Indian journal of veterinary science and animal husbandry - Volume 12,
Year: 1942
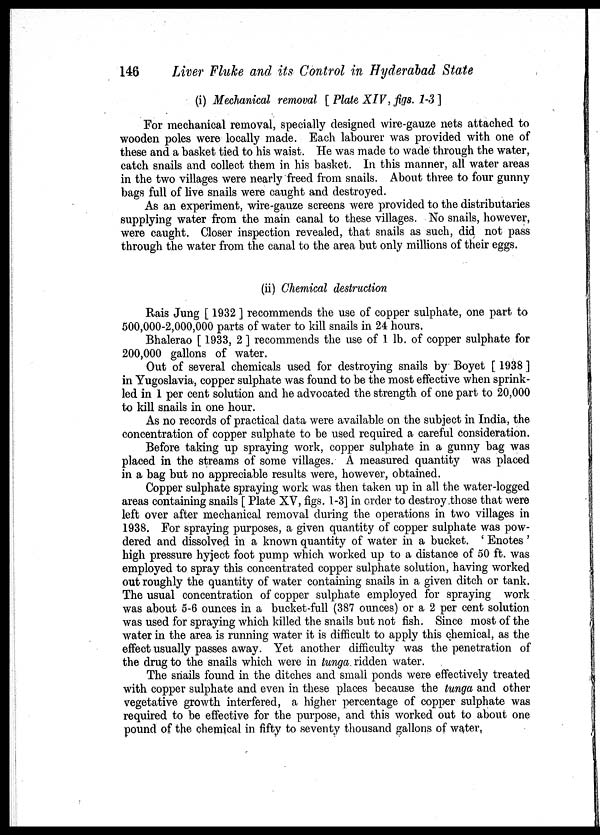
146
Liver Fluke and its Control in Hyderabad State
(i) Mechanical removal [ Plate XIV, figs. 1-3 ]
For mechanical removal, specially designed wire-gauze nets attached to
wooden poles were locally made. Each labourer was provided with one of
these and a basket tied to his waist. He was made to wade through the water,
catch snails and collect them in his basket. In this manner, all water areas
in the two villages were nearly freed from snails. About three to four gunny
bags full of live snails were caught and destroyed.
As an experiment, wire-gauze screens were provided to the distributaries
supplying water from the main canal to these villages. No snails, however,
were caught. Closer inspection revealed, that snails as such, did not pass
through the water from the canal to the area but only millions of their eggs.
(ii) Chemical destruction
Rais Jung [ 1932 ] recommends the use of copper sulphate, one part to
500,000-2,000,000 parts of water to kill snails in 24 hours.
Bhalerao [ 1933, 2 ] recommends the use of 1 lb. of copper sulphate for
200,000 gallons of water.
Out of several chemicals used for destroying snails by Boyet [ 1938 ]
in Yugoslavia, copper sulphate was found to be the most effective when sprink-
led in 1 per cent solution and he advocated the strength of one part to 20,000
to kill snails in one hour.
As no records of practical data were available on the subject in India, the
concentration of copper sulphate to be used required a careful consideration.
Before taking up spraying work, copper sulphate in a gunny bag was
placed in the streams of some villages. A measured quantity was placed
in a bag but no appreciable results were, however, obtained.
Copper sulphate spraying work was then taken up in all the water-logged
areas containing snails [ Plate XV, figs. 1-3] in order to destroy those that were
left over after mechanical removal during the operations in two villages in
1938. For spraying purposes, a given quantity of copper sulphate was pow-
dered and dissolved in a known quantity of water in a bucket. ' Enotes '
high pressure hyject foot pump which worked up to a distance of 50 ft. was
employed to spray this concentrated copper sulphate solution, having worked
out roughly the quantity of water containing snails in a given ditch or tank.
The usual concentration of copper sulphate employed for spraying work
was about 5-6 ounces in a bucket-full (387 ounces) or a 2 per cent solution
was used for spraying which killed the snails but not fish. Since most of the
water in the area is running water it is difficult to apply this chemical, as the
effect usually passes away. Yet another difficulty was the penetration of
the drug to the snails which were in tunga ridden water.
The snails found in the ditches and small ponds were effectively treated
with copper sulphate and even in these places because the tunga and other
vegetative growth interfered, a higher percentage of copper sulphate was
required to be effective for the purpose, and this worked out to about one
pound of the chemical in fifty to seventy thousand gallons of water.